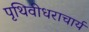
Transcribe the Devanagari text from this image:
पृथिवीधराचार्य